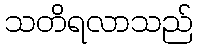
သတိရလာသည်